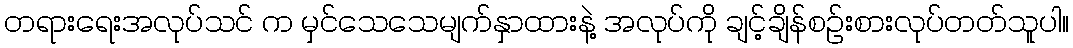
တရားရေးအလုပ်သင် က မှင်သေသေမျက်နှာထားနဲ့ အလုပ်ကို ချင့်ချိန်စဉ်းစားလုပ်တတ်သူပါ။